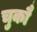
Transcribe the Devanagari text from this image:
चुकौ